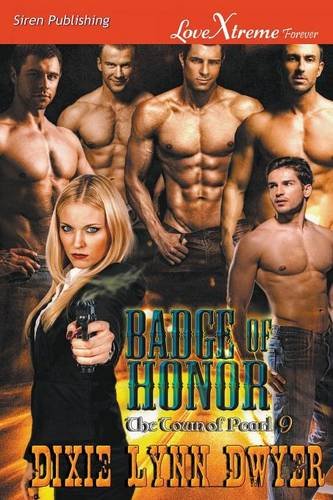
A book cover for Badge of Honor [The Town of Pearl 9] (Siren Publishing LoveXtreme Forever); Dixie Lynn Dwyer; Romance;